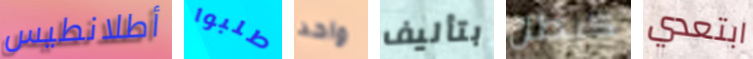
أطلانطيس طلبوا واحد بتأليف كبطل ابتعدي